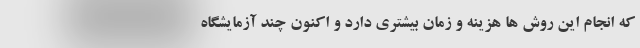
که انجام این روش ها هزینه و زمان بیشتری دارد و اکنون چند آزمایشگاه